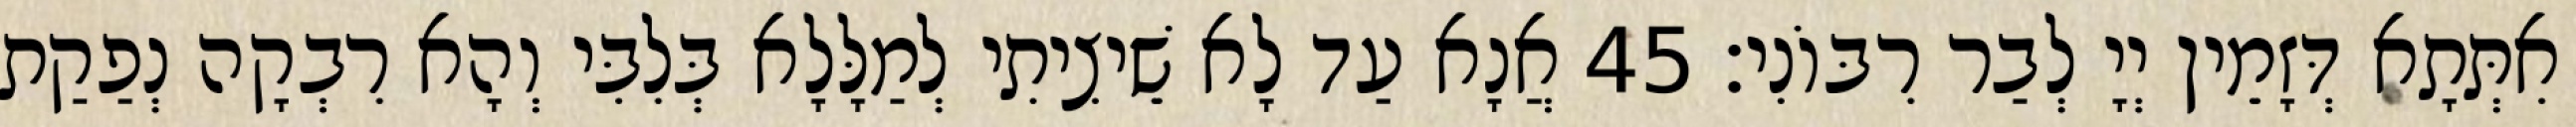
אִתְּתָא דְּזָמֵין יְיָ לְבַר רִבּוֹנִי׃ 45 אֲנָא עַד לָא שֵׁיצִיתִי לְמַלָּלָא בְּלִבִּי וְהָא רִבְקָה נְפַקַת